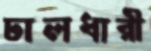
ঢালধারী